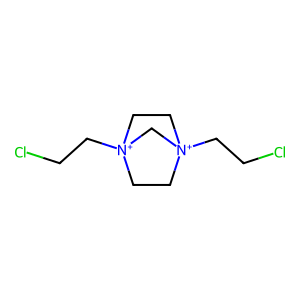
SMILES: ClCC[N+]12CC[N+](CCCl)(CC1)C2
Inhibits HIV replication: No